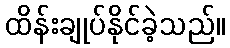
ထိန်းချုပ်နိုင်ခဲ့သည်။